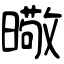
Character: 曔